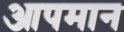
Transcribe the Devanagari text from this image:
आपमान